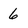
Character: 6